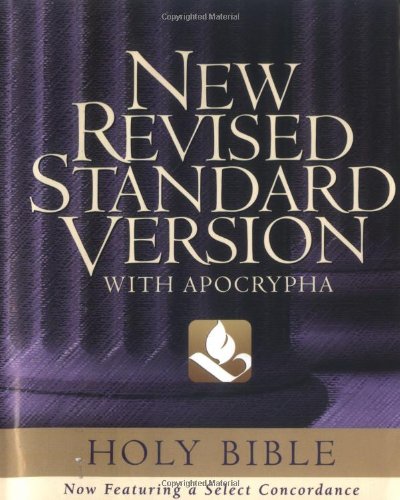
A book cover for The Holy Bible: containing the Old and New Testaments with the Apocryphal / Deuterocanonical Books [New Revised Standard Version]; NRSV Bible Translation Committee; Christian Books & Bibles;